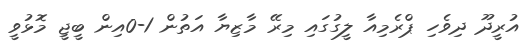
އުރީދޫ ދިވެހި ޕްރެމިއާ ލީގުގައި މިރޭ މާޒިޔާ އަތުން 1-0އިން ބީޖީ މޮޅުވީ